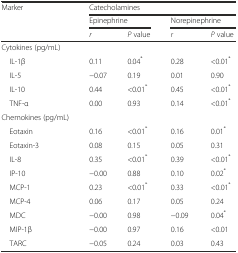
| <ROWSPAN=3> Marker | <COLSPAN=4> Catecholamines |
 | <COLSPAN=2> Epinephrine | <COLSPAN=2> Norepinephrine |
 | r | P value | r | P value |
 | --- | --- | --- | --- | --- |
 | Cytokines (pg/mL) |  |  |  |  |
 | IL-1β | 0.11 | 0.04* | 0.28 | <0.01* |
 | IL-5 | −0.07 | 0.19 | 0.01 | 0.90 |
 | IL-10 | 0.44 | <0.01* | 0.45 | <0.01* |
 | TNF-α | 0.00 | 0.93 | 0.14 | <0.01* |
 | Chemokines (pg/mL) |  |  |  |  |
 | Eotaxin | 0.16 | <0.01* | 0.16 | 0.01* |
 | Eotaxin-3 | 0.08 | 0.15 | 0.05 | 0.31 |
 | IL-8 | 0.35 | <0.01* | 0.39 | <0.01* |
 | IP-10 | −0.00 | 0.88 | 0.10 | 0.02* |
 | MCP-1 | 0.23 | <0.01* | 0.33 | <0.01* |
 | MCP-4 | 0.06 | 0.17 | 0.05 | 0.24 |
 | MDC | −0.00 | 0.98 | −0.09 | 0.04* |
 | MIP-1β | −0.00 | 0.97 | 0.16 | <0.01 |
 | TARC | −0.05 | 0.24 | 0.03 | 0.43 |